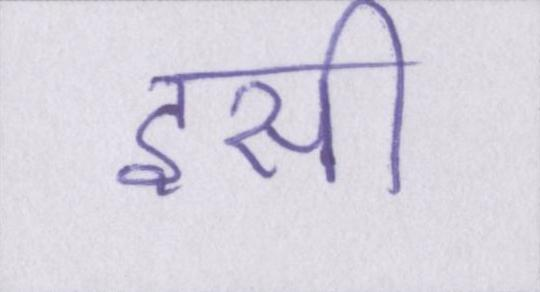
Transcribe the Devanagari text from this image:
इसी